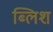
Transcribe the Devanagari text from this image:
ब्लिश